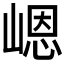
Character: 𪩊